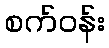
စက်ဝန်း